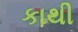
કાથી